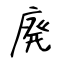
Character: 廃